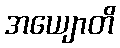
အယျောတိ